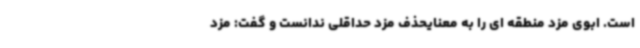
است. ابوی مزد منطقه ای را به معنایحذف مزد حداقلی ندانست و گفت: مزد